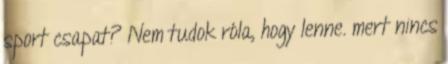
sport csapat? Nem tudok róla, hogy lenne. mert nincs